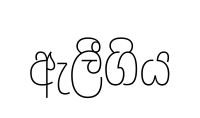
ඇලීගිය